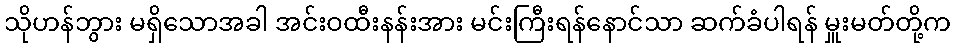
သိုဟန်ဘွား မရှိသောအခါ အင်းဝထီးနန်းအား မင်းကြီးရန်နောင်သာ ဆက်ခံပါရန် မှူးမတ်တို့က